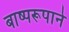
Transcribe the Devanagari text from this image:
बाष्परूपाने